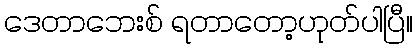
ဒေတာဘေးစ် ရတာတော့ဟုတ်ပါပြီ။